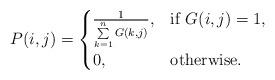
LaTeX: \begin{align*}P(i,j)=\begin{cases} \frac{1}{\sum\limits^{n}_{k=1} G(k,j)}, & \mbox{if } G(i,j)=1, \\ 0, & \mbox{otherwise}.\end{cases}\end{align*}